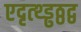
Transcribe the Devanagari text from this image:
एदृत्थ्ड्ढठ्ठद्व